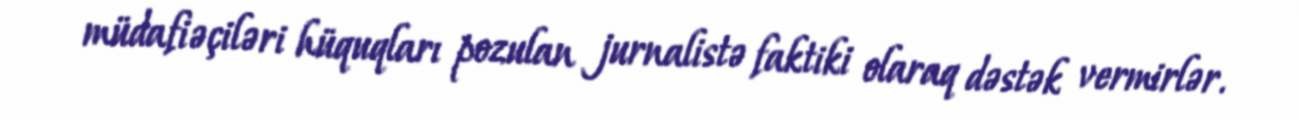
müdafiəçiləri hüquqları pozulan jurnalistə faktiki olaraq dəstək vermirlər.